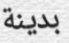
بدينة